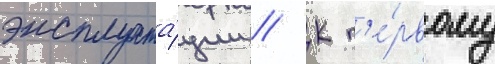
эксплуата́ции // К п'е́рвому